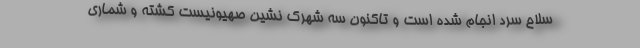
سلاح سرد انجام شده است و تاکنون سه شهرک نشین صهیونیست کشته و شماری